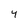
Character: 4